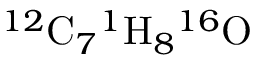
{ } ^ { 1 2 } \mathrm { C } _ { 7 } { } ^ { 1 } \mathrm { H } _ { 8 } { } ^ { 1 6 } \mathrm { O }